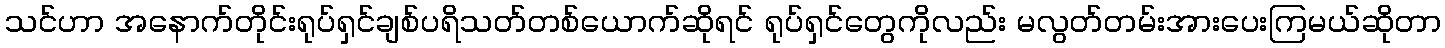
သင်ဟာ အနောက်တိုင်းရုပ်ရှင်ချစ်ပရိသတ်တစ်ယောက်ဆိုရင် ရုပ်ရှင်တွေကိုလည်း မလွတ်တမ်းအားပေးကြမယ်ဆိုတာ